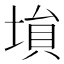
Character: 𡎖